Mediterranean fever in India - Number 22
Disease focus: Fever
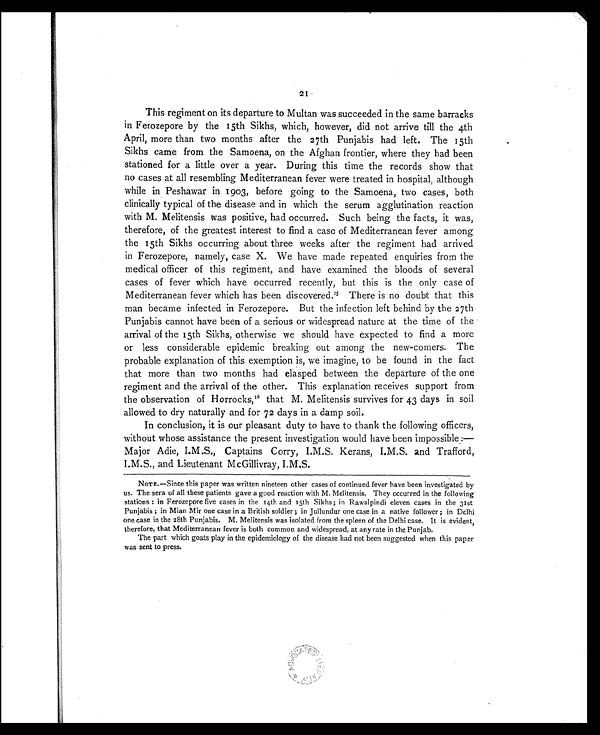
21
This regiment on its departure to Multan was succeeded in the same barracks
in Ferozepore by the 15th Sikhs, which, however, did not arrive till the 4th
April, more than two months after the 27th Punjabis had left. The 15th
Sikhs came from the Samoena, on the Afghan frontier, where they had been
stationed for a little over a year. During this time the records show that
no cases at all resembling Mediterranean fever were treated in hospital, although
while in Peshawar in 1903, before going to the Samoena, two cases, both
clinically typical of the disease and in which the serum agglutination reaction
with M. Melitensis was positive, had occurred. Such being the facts, it was,
therefore, of the greatest interest to find a case of Mediterranean fever among
the 15th Sikhs occurring about three weeks after the regiment had arrived
in Ferozepore, namely, case X. We have made repeated enquiries from the
medical officer of this regiment, and have examined the bloods of several
cases of fever which have occurred recently, but this is the only case of
Mediterranean fever which has been discovered. 1 5
T h e r e i s n o d o u b t t h a t t h i s
man became infected in Ferozepore. But the infection left behind by the 27th
Punjabis cannot have been of a serious or widespread nature at the time of the
arrival of the 15th Sikhs, otherwise we should have expected to find a more
or less considerable epidemic breaking out among the new-comers. The
probable explanation of this exemption is, we imagine, to be found in the fact
that more than two months had elasped between the departure of the one
regiment and the arrival of the other. This explanation receives support from
the observation of Horrocks,16 that M. Melitensis survives for 43 days in soil
allowed to dry naturally and for 72 days in a damp soil.
In conclusion, it is our pleasant duty to have to thank the following officers,
without whose assistance the present investigation would have been impossible :—
Major Adie, I.M.S., Captains Corry, I.M.S. Kerans, I.M.S. and Trafford,
I.M.S., and Lieutenant McGillivray, I.M.S.
NOTE.—Since this paper was written nineteen other cases of continued fever have been investigated by
us. The sera of all these patients gave a good reaction with M. Melitensis. They occurred in the following
stations : in Ferozepore five cases in the 14th and 15th Sikhs; in Rawalpindi eleven cases in the 31st
Punjabis ; in Mian Mir one case in a British soldier ; in Jullundur one case in a native follower ; in Delhi
one case in the 28th Punjabis. M. Melitensis was isolated from the spleen of the Delhi case. It is evident,
therefore, that Mediterranean fever is both common and widespread, at any rate in the Punjab.
The part which goats play in the epidemiology of the disease had not been suggested when this paper
was sent to press.